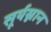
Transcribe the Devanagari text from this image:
सूर्यस्नान